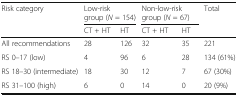
<table><thead><tr><td rowspan="2"><b>Risk category</b></td><td colspan="2"><b>Low-risk group (<i>N</i> = 154)</b></td><td colspan="2"><b>Non-low-risk group (<i>N</i> = 67)</b></td><td rowspan="2"><b>Total</b></td></tr><tr><td><b>CT + HT</b></td><td><b>HT</b></td><td><b>CT + HT</b></td><td><b>HT</b></td></tr></thead><tbody><tr><td>All recommendations</td><td>28</td><td>126</td><td>32</td><td>35</td><td>221</td></tr><tr><td>RS 0–17 (low)</td><td>4</td><td>96</td><td>6</td><td>28</td><td>134 (61%)</td></tr><tr><td>RS 18–30 (intermediate)</td><td>18</td><td>30</td><td>12</td><td>7</td><td>67 (30%)</td></tr><tr><td>RS 31–100 (high)</td><td>6</td><td>0</td><td>14</td><td>0</td><td>20 (9%)</td></tr></tbody></table>